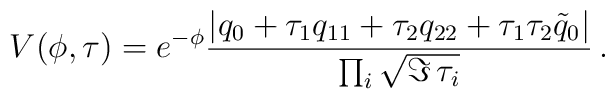
V(\phi,\tau) = e^{- \phi} {|q_0 + \tau_1 q_{11} + \tau_2 q_{22} + \tau_1 \tau_2 \tilde{q}_0|\over\prod_i \sqrt{\Im\,\tau_i}}\,.